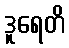
ဒူရေတိ